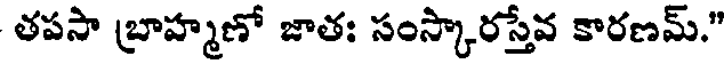
తపసా బ్రాహ్మణో జాతః సంస్కారస్తేవ కారణమ్."